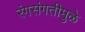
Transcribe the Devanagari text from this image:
रंगसंगतीमुळे